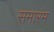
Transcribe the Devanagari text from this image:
समारंम